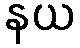
နယ